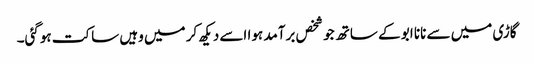
گاڑی میں سے نانا ابو کے ساتھ جو شخص برآمد ہوا اسے دیکھ کر میں وہیں ساکت ہوگئی۔